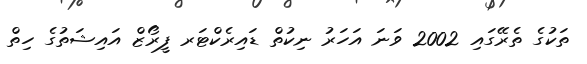
ތަކުގެ ތެރޭގައި 2002 ވަނަ އަހަރު ނިކުތް ޑައިރެކްޓަރ ފީރޯޒް އައިޝަތުގެ ހިތް